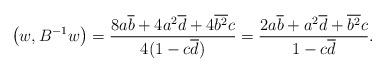
LaTeX: \begin{align*}\left(w,B^{-1} w\right)= \frac{8a\overline{b}+4a^2\overline{d}+4\overline{b^2}c}{4(1-c\overline{d})}= \frac{2a\overline{b}+a^2\overline{d}+\overline{b^2}c}{1-c\overline{d}}.\end{align*}